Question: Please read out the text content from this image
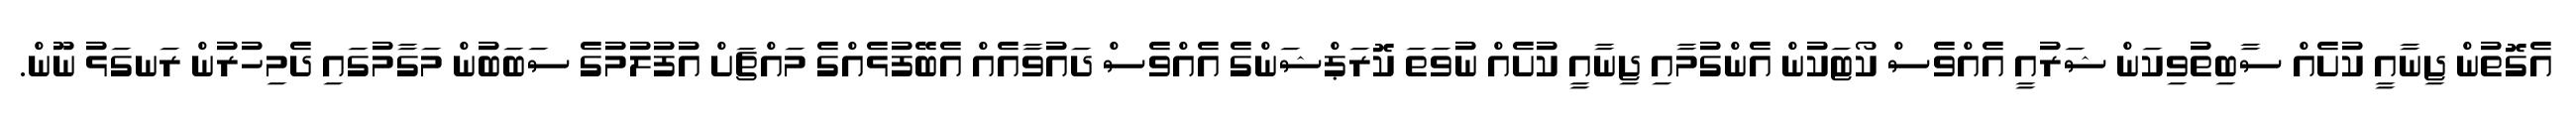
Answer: އެގޮތުން ޖިނާއީ ކުށެއް ސާބިތުވިކަން ޝަރުއީ އެއްވެސް ކޯޓަކުން އެންގުމާއި ޖިނާއީ ކުށެއް ނުވަތަ ކޮރަޕްޝަންގެ އެއްވެސް ދައުވާއެއް އެބޭފުޅެއްގެ މައްޗަށް އުފުލުމުގެ ސަބަބުން މަގާމުގައި ދެމިހުރުން ރަނގަޅު ނޫން.